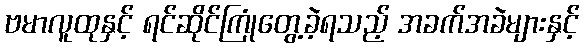
ဗမာလူထုနှင့် ရင်ဆိုင်ကြုံတွေ့ခဲ့ရသည့် အခက်အခဲများနှင့်